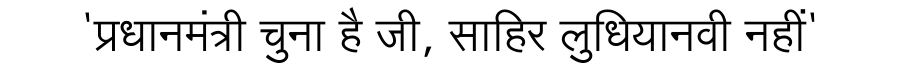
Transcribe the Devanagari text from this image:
'प्रधानमंत्री चुना है जी, साहिर लुधियानवी नहीं'